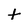
Character: t